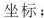
坐标；